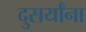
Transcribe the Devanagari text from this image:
दुसर्यांना